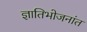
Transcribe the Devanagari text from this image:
ज्ञातिभोजनांत